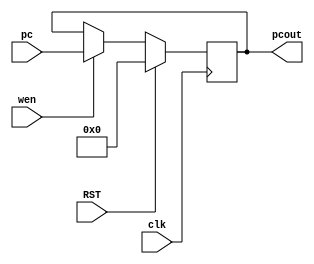
module pcregister(input wire [7:0] pc,output reg [7:0] pcout,input clk,input wen,input RST);

initial begin
pcout=0;

end
always@(posedge clk) begin
if(RST==1)begin
	pcout=0;
end
else begin
	if(wen==1'b1)
	pcout=pc;
	end




end


endmodule